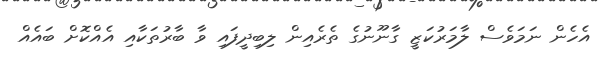
އެހެން ނަމަވެސް ލާމަރުކަޒީ ގާނޫނުގެ ތެރެއިން ލިބިދީފައި ވާ ބާރުތަކާއި އެއްކޮށް ބައެއް